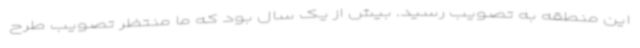
این منطقه به تصویب رسید. بیش از یک سال بود که ما منتظر تصویب طرح